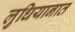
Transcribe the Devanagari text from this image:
लुधियानात